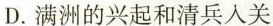
D.满洲的兴起和清兵入关